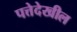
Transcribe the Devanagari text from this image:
पत्तेदेखील